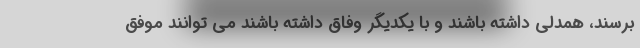
برسند، همدلی داشته باشند و با یکدیگر وفاق داشته باشند می توانند موفق